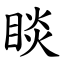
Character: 睒